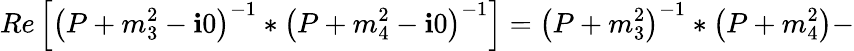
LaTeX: Re\left[\left(P+m_{3}^{2}-\mathbf{i}0\right)^{-1}\ast\left(P+m_{4}^{2}-\mathbf{i}0\right)^{-1}\right]=\left(P+m_{3}^{2}\right)^{-1}\ast\left(P+m_{4}^{2}\right)-